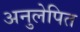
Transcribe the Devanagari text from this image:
अनुलेपित